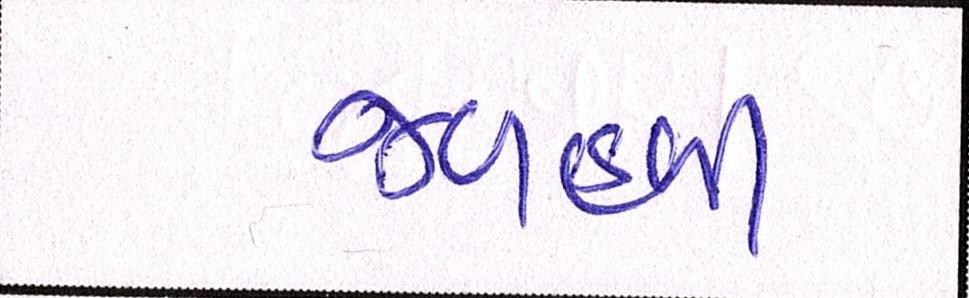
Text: જળહળી